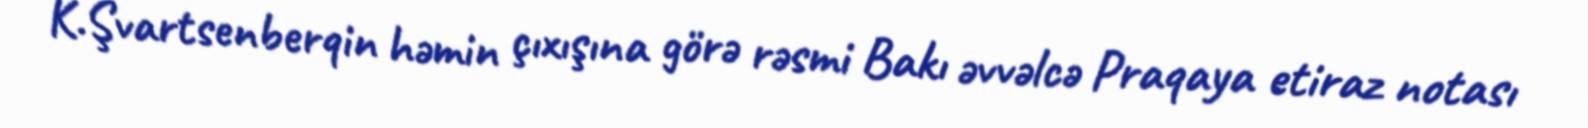
K.Şvartsenberqin həmin çıxışına görə rəsmi Bakı əvvəlcə Praqaya etiraz notası